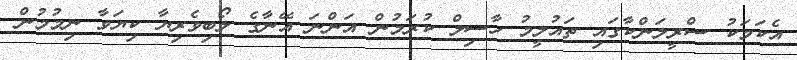
އެކަމަކު ސްރީލަންކާގައި ތައުލީމު ހާސިލް ކުރަމުން އަންނަ އޭނާގެ ލޯބިވެރިޔާ ކިޔަވާ ނިމުމުން